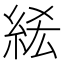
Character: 𥿭